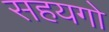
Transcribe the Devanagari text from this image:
सहयगो